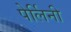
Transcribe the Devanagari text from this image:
पेर्लिनी